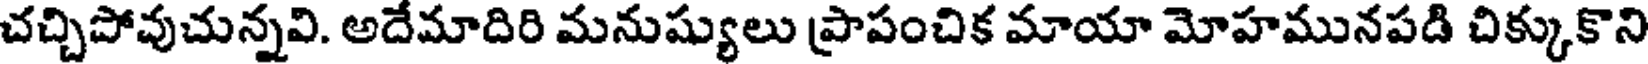
చచ్చిపోవుచున్నవి. అదేమాదిరి మనుష్యులు ప్రాపంచిక మాయా మోహమునపడి చిక్కుకొని